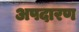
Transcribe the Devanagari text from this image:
अपदारण